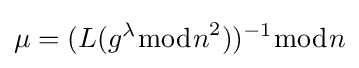
\mu =(L(g^{\lambda }{\bmod {n}}^{2}))^{-1}{\bmod {n}}